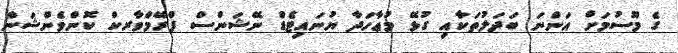
ގެ މޫސުމަށް އަންނަ ބަދަލުތަކާއި ގުޅޭ މުޢާހަދާ ޔުނައިޓެޑް ނޭޝަންސް ފްރޭމްވާރކް ކޮންވެންޝަން